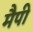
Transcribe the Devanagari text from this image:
मैपी